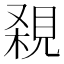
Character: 𧠸